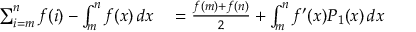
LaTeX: \begin{array} { r l } { \sum _ { i = m } ^ { n } f ( i ) - \int _ { m } ^ { n } f ( x ) \, d x } & { { } = { \frac { f ( m ) + f ( n ) } { 2 } } + \int _ { m } ^ { n } f ^ { \prime } ( x ) P _ { 1 } ( x ) \, d x } \end{array}